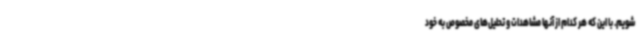
شویم. با این‌ که هر کدام از آنها مشاهدات و تحلیل‌های مخصوص به خود